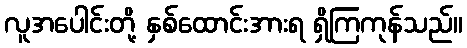
လူအပေါင်းတို့ နှစ်ထောင်းအားရ ရှိကြကုန်သည်။